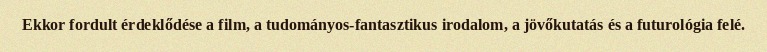
Ekkor fordult érdeklődése a film, a tudományos-fantasztikus irodalom, a jövőkutatás és a futurológia felé.